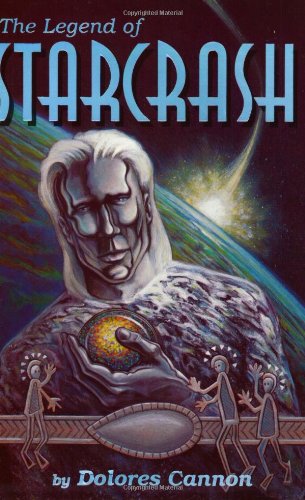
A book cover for The Legend of Starcrash; Dolores Cannon; Literature & Fiction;